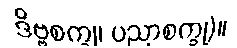
ဒိဗ္ဗစက္ခု၊ ပညာစက္ခု)။